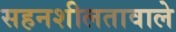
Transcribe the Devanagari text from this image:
सहनशीलतावाले